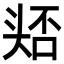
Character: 𭑛